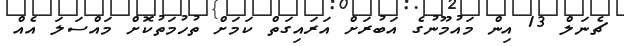
ޗެނަލް 13 އިން މައުމޫނުގެ އަބުރަށް އަރައިގަތް ކަމަށް ތުހުމަތުކޮށް މައްސަލަ އެއް